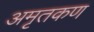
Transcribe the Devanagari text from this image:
अमृतकण